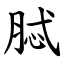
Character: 脦